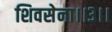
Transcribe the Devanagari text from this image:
शिवसेना।।३।।